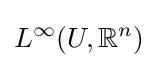
L^{\infty }(U,\mathbb {R} ^{n})